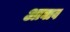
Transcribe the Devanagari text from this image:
आघाव